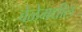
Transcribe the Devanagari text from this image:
वेळेमधील